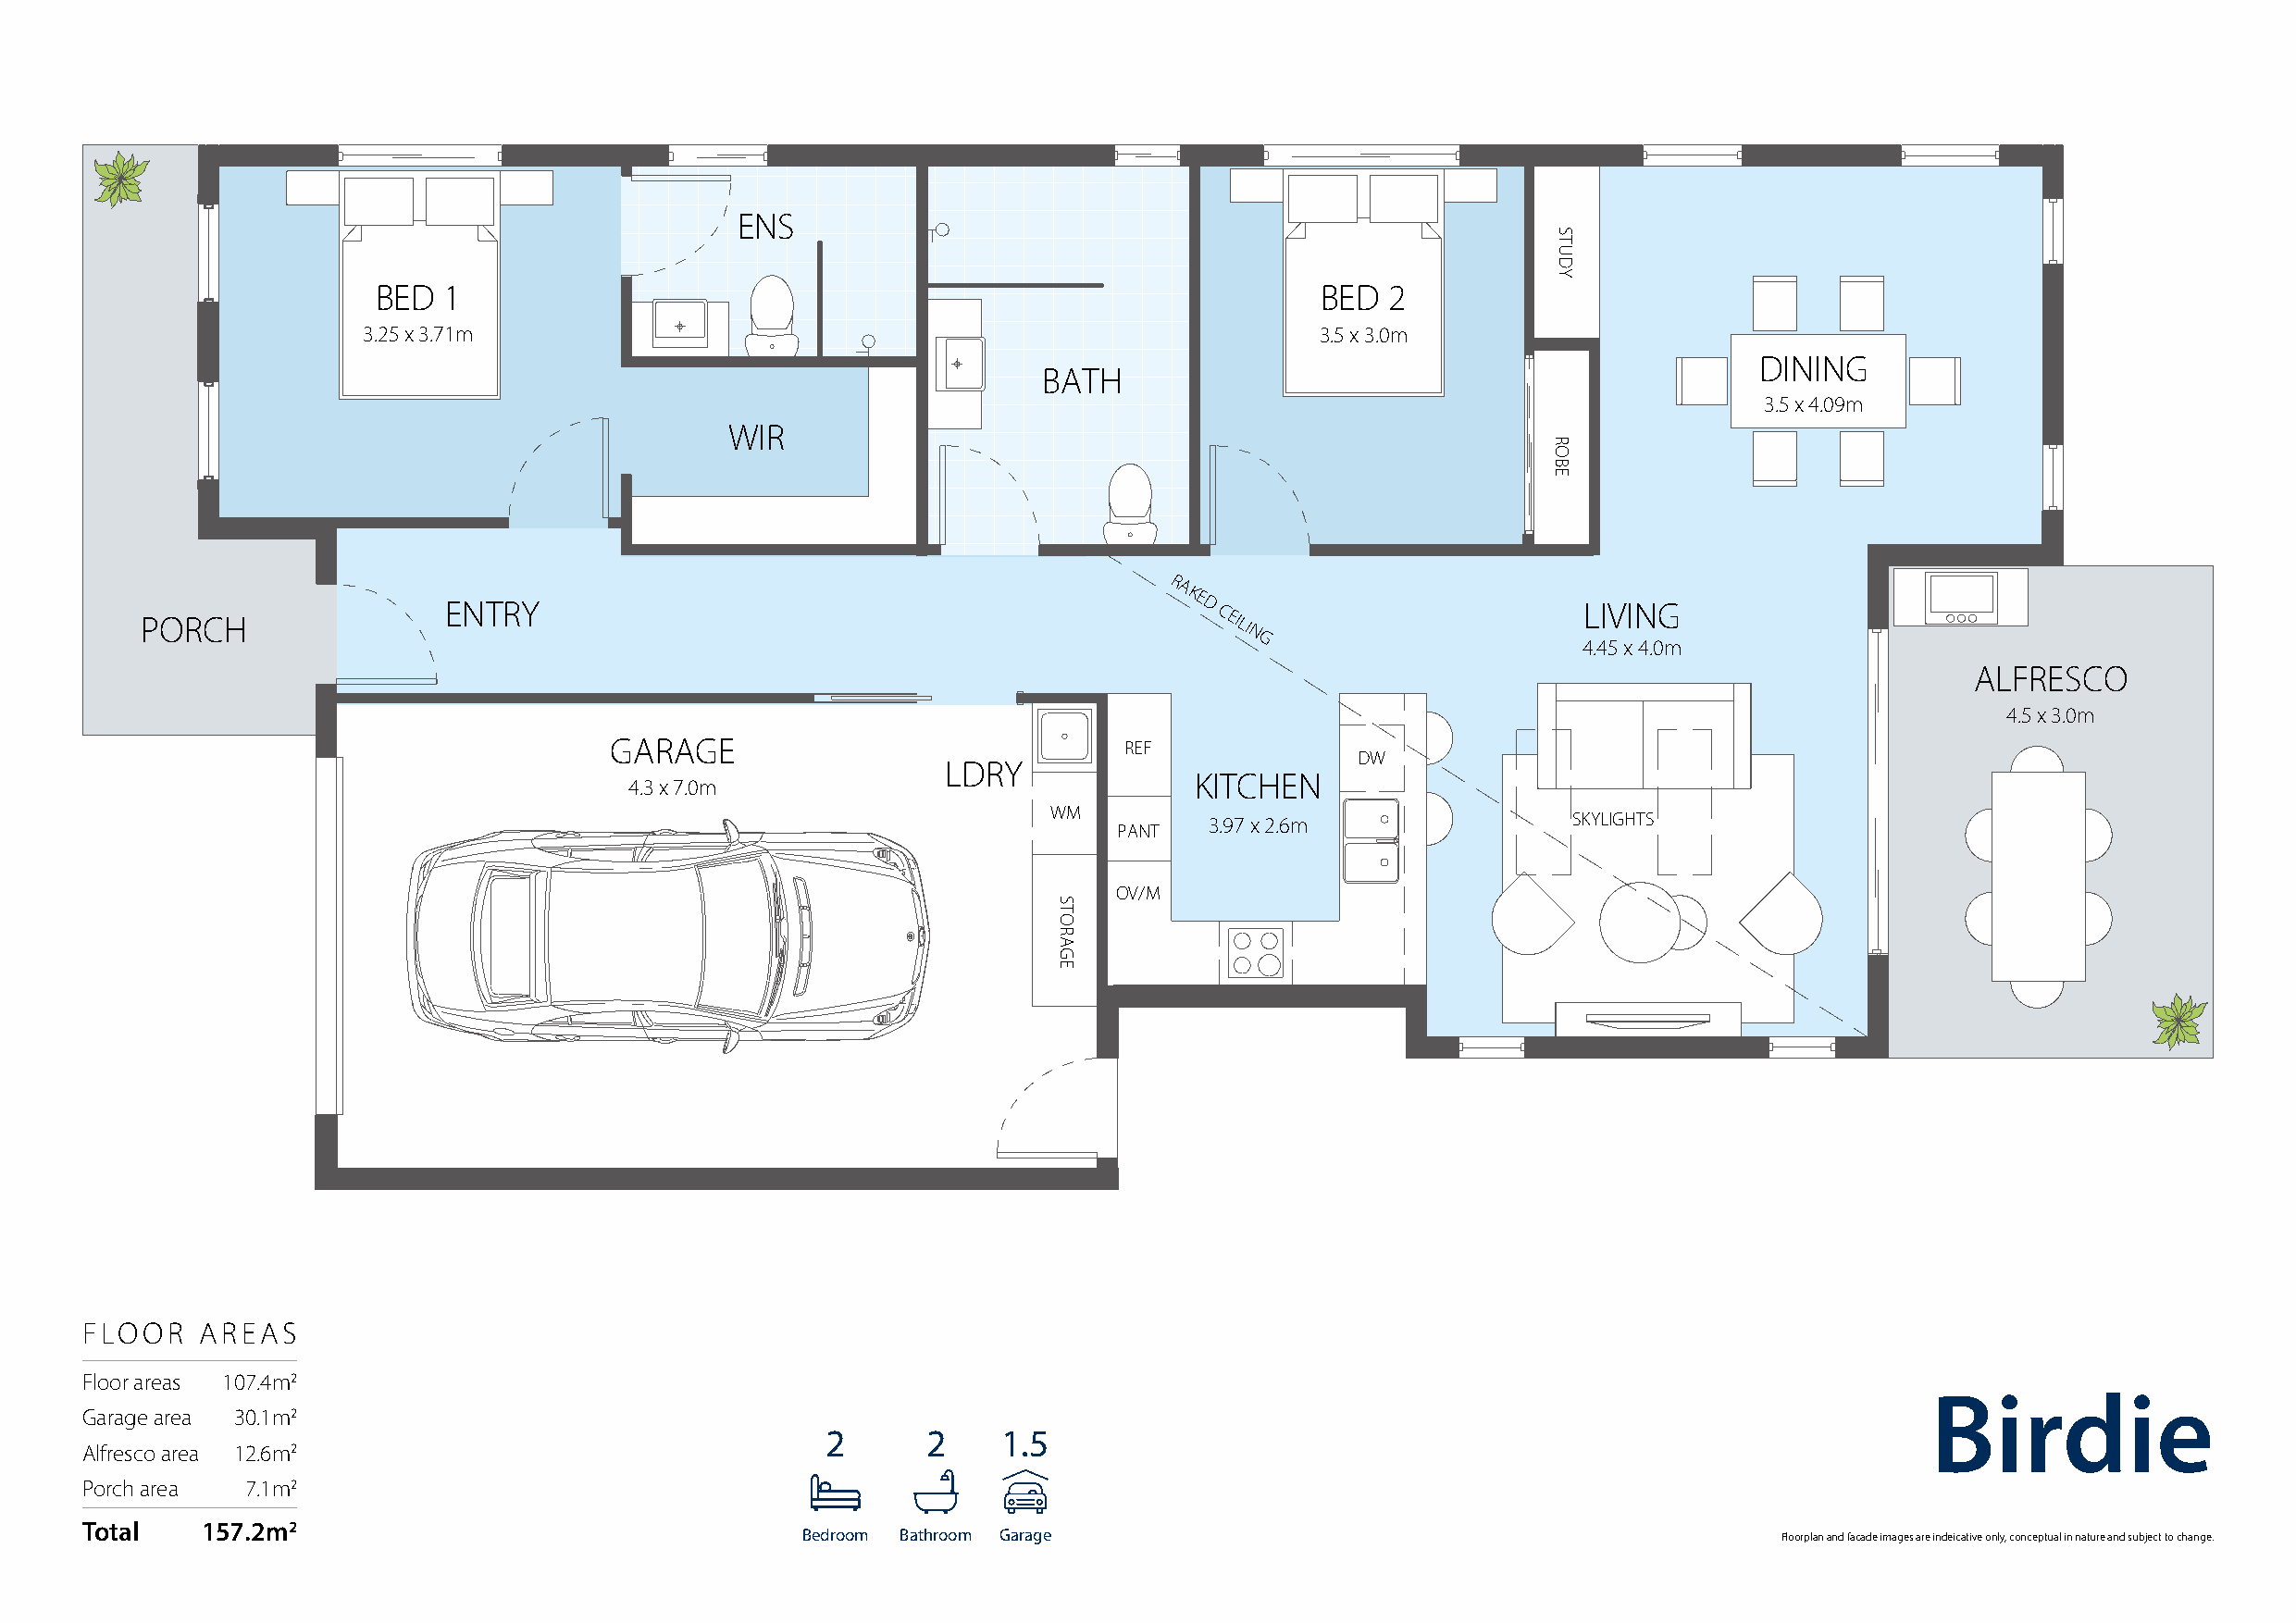
ENS
 BED  1                                                             BED  2
 3.25 x 3.71m                                                        3.5 x 3.0m
 DINING
 BATH
 3.5 x 4.09m
 WIR
 R
 AKE
 ENTRY                                                 D                          LIVING
 PORCH
 CEILI
 N
 G                      4.45 x 4.0m
 ALFRESCO
 4.5 x 3.0m
 GARAGE                              REF
 DW
 LDRY
 KITCHEN
 4.3 x 7.0m
 WM                                   SKYLIGHTS
 3.97 x 2.6m
 PANT
 OV/M
 FLOOR   AREAS
 Floor areas 107.4m2
 Birdie
 Garage area 30.1m2
 2      2     1.5
 Alfresco area 12.6m2
 Porch area  7.1m2
 Total   157.2m2
 Bedroom Bathroom Garage                                               Floorplan and facade images are indeicative only, conceptual in nature and subject to change.
 STORAGE
 STUDY
 ROBE